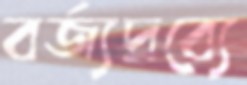
বর্জ্যদ্রব্যে